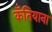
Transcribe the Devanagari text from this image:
कँतियाना